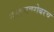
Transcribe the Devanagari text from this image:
संस्कृतबरोबरच